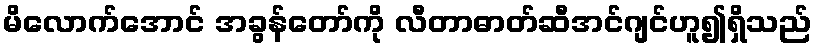
မိလောက်အောင် အခွန်တော်ကို လီတာဓာတ်ဆီအင်ဂျင်ဟူ၍ရှိသည်